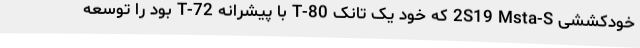
خودکششی 2S19 Msta-S که خود یک تانک T-80 با پیشرانه T-72 بود را توسعه